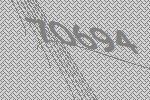
70694